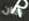
كان